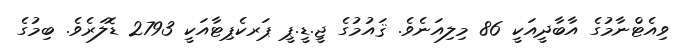
ވިއެޓްނާމުގެ އާބާދީއަކީ 86 މިލިއަނެވެ. ޤައުމުގެ ޖީ.ޑީ.ޕީ ޕަރކެޕިޓާއަކީ 2793 ޑޮލަރެވެ. ބިމުގެ